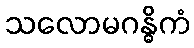
သလောမဂန္ဓိကံ